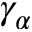
\gamma _ { \alpha }